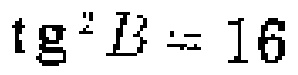
\(\text{tg}^{2}B = 16\)